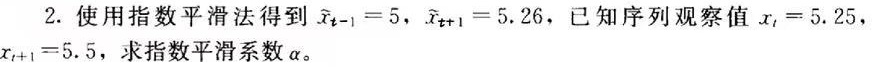
2. 使用指数平滑法得到 $\widetilde{x}_{t - 1}=5$, $\widetilde{x}_{t + 1}=5.26$, 已知序列观察值 $x_{t}=5.25$, $x_{t + 1}=5.5$, 求指数平滑系数 $\alpha$。